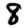
Digit: 8